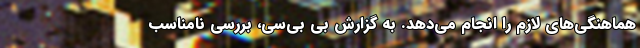
هماهنگی‌های لازم را انجام می‌دهد. به گزارش بی بی‌سی، بررسی نامناسب